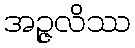
အဉ္ဇလိဿ